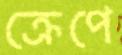
ক্রেপে